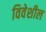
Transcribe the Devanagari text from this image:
विवेशील